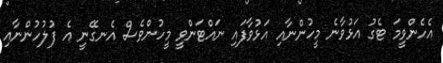
އެހެންވީމަ ޓެގު އަޅުވާނެ މީހުންނާއި އަޅުވާފައި ނައްޓަންވީ މީހުންވެސް އެނގޭނީ އެ ފުލުހުންނާއި